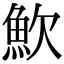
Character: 𩵢